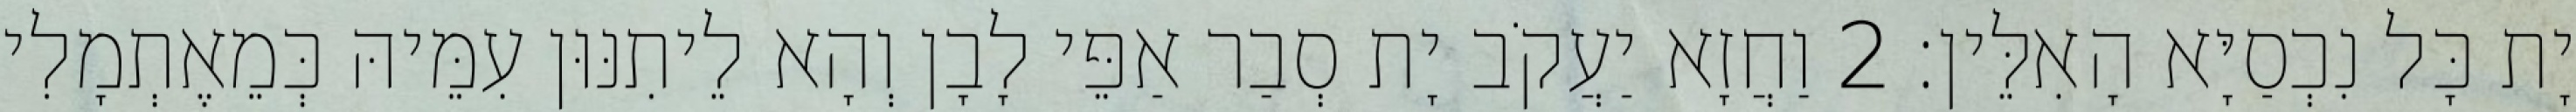
יָת כָּל נִכְסַיָּא הָאִלֵּין׃ 2 וַחֲזָא יַעֲקֹב יָת סְבַר אַפֵּי לָבָן וְהָא לֵיתִנּוּן עִמֵּיהּ כְּמֵאֶתְמָלִי